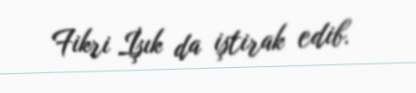
Fikri İşık da iştirak edib.